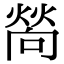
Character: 𤍀